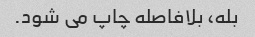
بله، بلافاصله چاپ می شود.